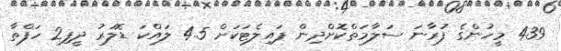
439 މީހުންގެ ފުރާނަ ސަލާމަތްކޮށްދިން ޕައިލެޓަކަށް 4.5 ލައްކަ ޑޮލަރު ދީފި2 ހަފްތާ